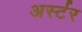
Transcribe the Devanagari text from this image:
अर्स्टर